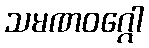
သမဏဝဂ္ဂေါ